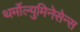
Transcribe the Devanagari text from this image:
थर्मोल्युमिनेसेन्स